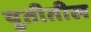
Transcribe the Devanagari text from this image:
युतीतील